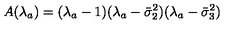
A ( \lambda _ { a } ) = ( \lambda _ { a } - 1 ) ( \lambda _ { a } - \bar { \sigma } _ { 2 } ^ { 2 } ) ( \lambda _ { a } - \bar { \sigma } _ { 3 } ^ { 2 } )